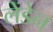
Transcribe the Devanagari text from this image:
लेंडेन